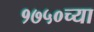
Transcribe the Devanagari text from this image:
१७५०च्या